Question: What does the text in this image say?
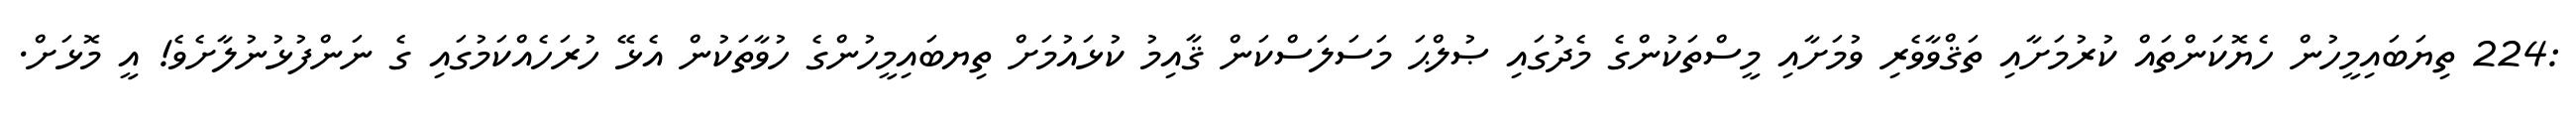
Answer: :224 ތިޔަބައިމީހުން ހެޔޮކަންތައް ކުރުމަށާއި ތަޤްވާވެރި ވުމަށާއި މީސްތަކުންގެ މެދުގައި ޞުލްޙަ މަސަލަސްކަން ޤާއިމު ކުޅައުމަށް ތިޔބައިމީހުންގެ ހުވާތަކުން އެޅޭ ހުރަހެއްކަމުގައި ގެ ނަންފުޅުނުލާށެވެ! އީ މޮޅަށް.